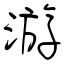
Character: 游